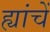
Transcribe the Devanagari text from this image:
ह्यांचें